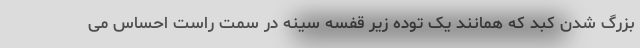
بزرگ شدن کبد که همانند یک توده زیر قفسه سینه در سمت راست احساس می